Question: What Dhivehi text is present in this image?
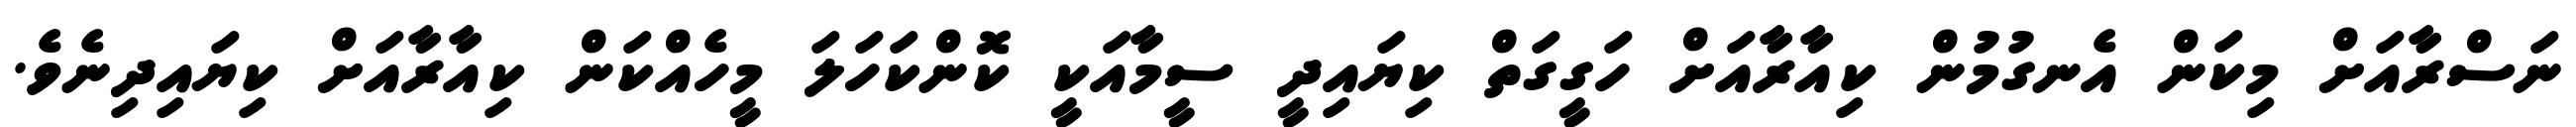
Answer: ނަސްރާއަށް މިކަން އެނގުމުން ކިއާރާއަށް ހަގީގަތް ކިޔައިދީ ސީމާއަކީ ކޮންކަހަލަ މީހެއްކަން ކިއާރާއަށް ކިޔައިދިނެވެ.